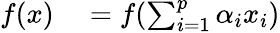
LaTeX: \begin{array}{rl}{f(x)}&{{}=f(\sum_{i=1}^{p}\alpha_{i}x_{i})}\end{array}